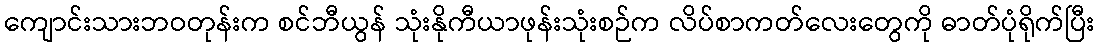
ကျောင်းသားဘဝတုန်းက စင်ဘီယွန် သုံးနိုကီယာဖုန်းသုံးစဉ်က လိပ်စာကတ်လေးတွေကို ဓာတ်ပုံရိုက်ပြီး